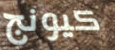
كيونج